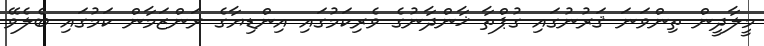
މީލާދީން ތިންވަނަ ޤަރުނުގައި ގުޕްތާ ޚާންދާނުގެ ވެރިކަމުގައި އިންޑިޔާގެ ރަންޒަމާން ކަމުގައި ބެލެވޭ